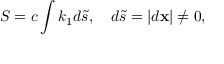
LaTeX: { \cal S } = c \int k _ { 1 } d { \tilde { s } } , \quad d { \tilde { s } } = | { d { \bf x } } | \neq 0 ,